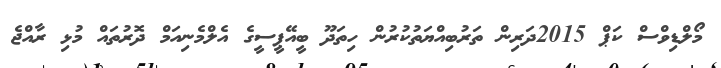
މޯލްޑިވްސް ކަޕް 2015ދަރިން ތަރުބިއްޔަތުކުރުން ހިތަދޫ ބީއޭޕީސީގެ އެލްމެނިއަމް ދޮރުތައް މުޅި ރާއްޖެ